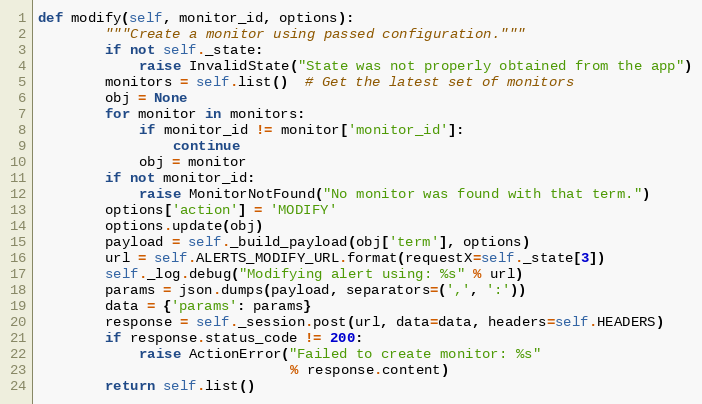
Language: Python
def modify(self, monitor_id, options):
        """Create a monitor using passed configuration."""
        if not self._state:
            raise InvalidState("State was not properly obtained from the app")
        monitors = self.list()  # Get the latest set of monitors
        obj = None
        for monitor in monitors:
            if monitor_id != monitor['monitor_id']:
                continue
            obj = monitor
        if not monitor_id:
            raise MonitorNotFound("No monitor was found with that term.")
        options['action'] = 'MODIFY'
        options.update(obj)
        payload = self._build_payload(obj['term'], options)
        url = self.ALERTS_MODIFY_URL.format(requestX=self._state[3])
        self._log.debug("Modifying alert using: %s" % url)
        params = json.dumps(payload, separators=(',', ':'))
        data = {'params': params}
        response = self._session.post(url, data=data, headers=self.HEADERS)
        if response.status_code != 200:
            raise ActionError("Failed to create monitor: %s"
                              % response.content)
        return self.list()